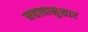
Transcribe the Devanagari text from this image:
महत्त्वानुसार